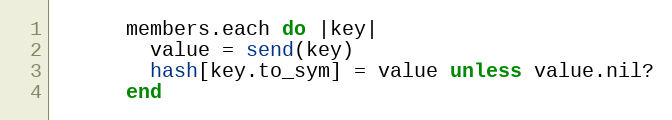
Language: Ruby
      members.each do |key|
        value = send(key)
        hash[key.to_sym] = value unless value.nil?
      end